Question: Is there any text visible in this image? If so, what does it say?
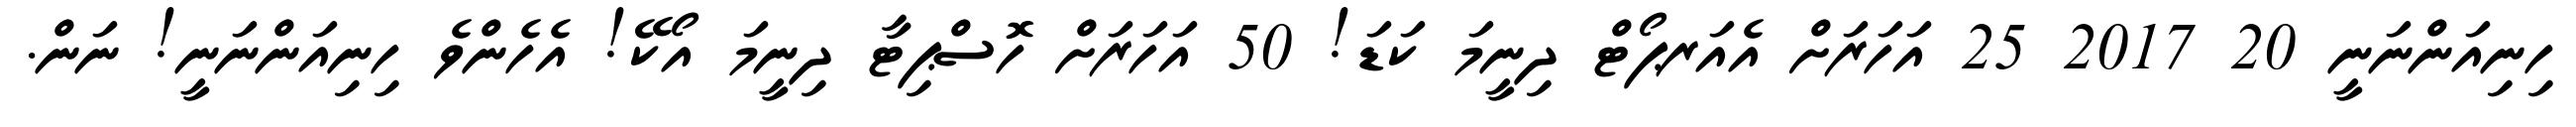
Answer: ހިނިއަންނަނީ 20 2017 25 އަހަރަށް އެއަރޕޯޓް ދިނީމަ ކަޑަ! 50 އަހަރަށް ހޮސްޕިޓާ ދިނީމަ އޯކޭ! އެހެންވެ ހިނިއަންނަނީ! ނަން.